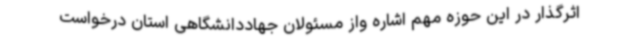
اثرگذار در این حوزه مهم اشاره واز مسئولان جهاددانشگاهی استان درخواست